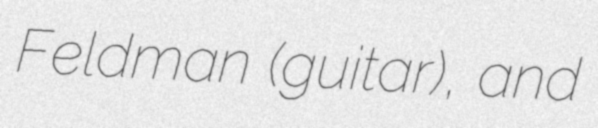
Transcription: Feldman (guitar), and